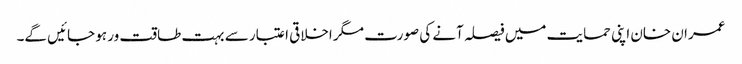
عمران خان اپنی حمایت میں فیصلہ آنے کی صورت مگر اخلاقی اعتبار سے بہت طاقت ور ہو جائیں گے۔